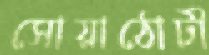
সোয়াঠোটী